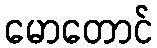
မောတောင်